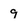
Character: 9